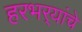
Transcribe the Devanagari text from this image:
हरभर्‍यांचे